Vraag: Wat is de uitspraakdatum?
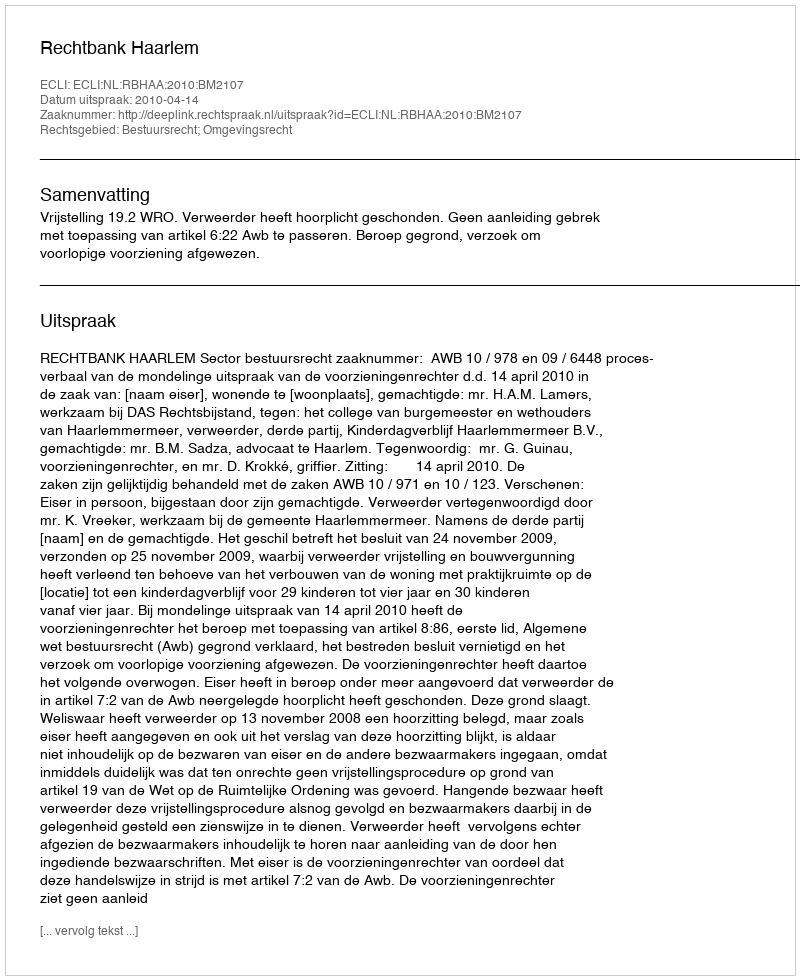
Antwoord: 2010-04-14